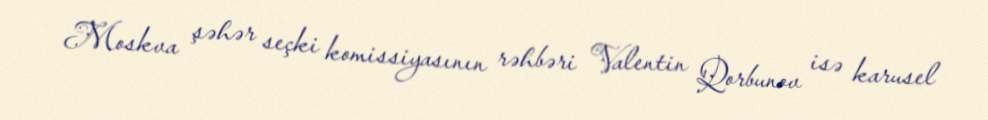
Moskva şəhər seçki komissiyasının rəhbəri Valentin Qorbunov isə karusel